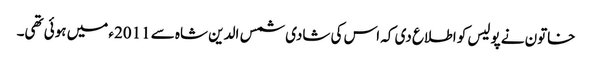
خاتون نے پولیس کو اطلاع دی کہ اس کی شادی شمس الدین شاہ سے 2011ء میں ہوئی تھی۔